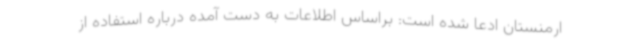
ارمنستان ادعا شده است: براساس اطلاعات به دست آمده درباره استفاده از